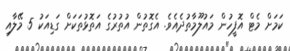
ކަމަށް މެޓް އޮފީހުން މައުލޫމާތުދެއެވެ. އެގޮތުން އުތުރުގެ އަތޮޅުތަކަށް ގަޑިއަކު 5 މޭލާއި